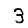
Digit: 3